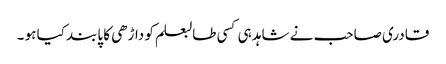
قادری صاحب نے شاہد ہی کسی طالبعلم کو داڑھی کا پابند کیا ہو ۔